DOW-UAP-D28, Mission Report, Iraq, September 2024
Agency: Department of War
Incident date: 9/20/24
Incident location: Iraq
Page 5
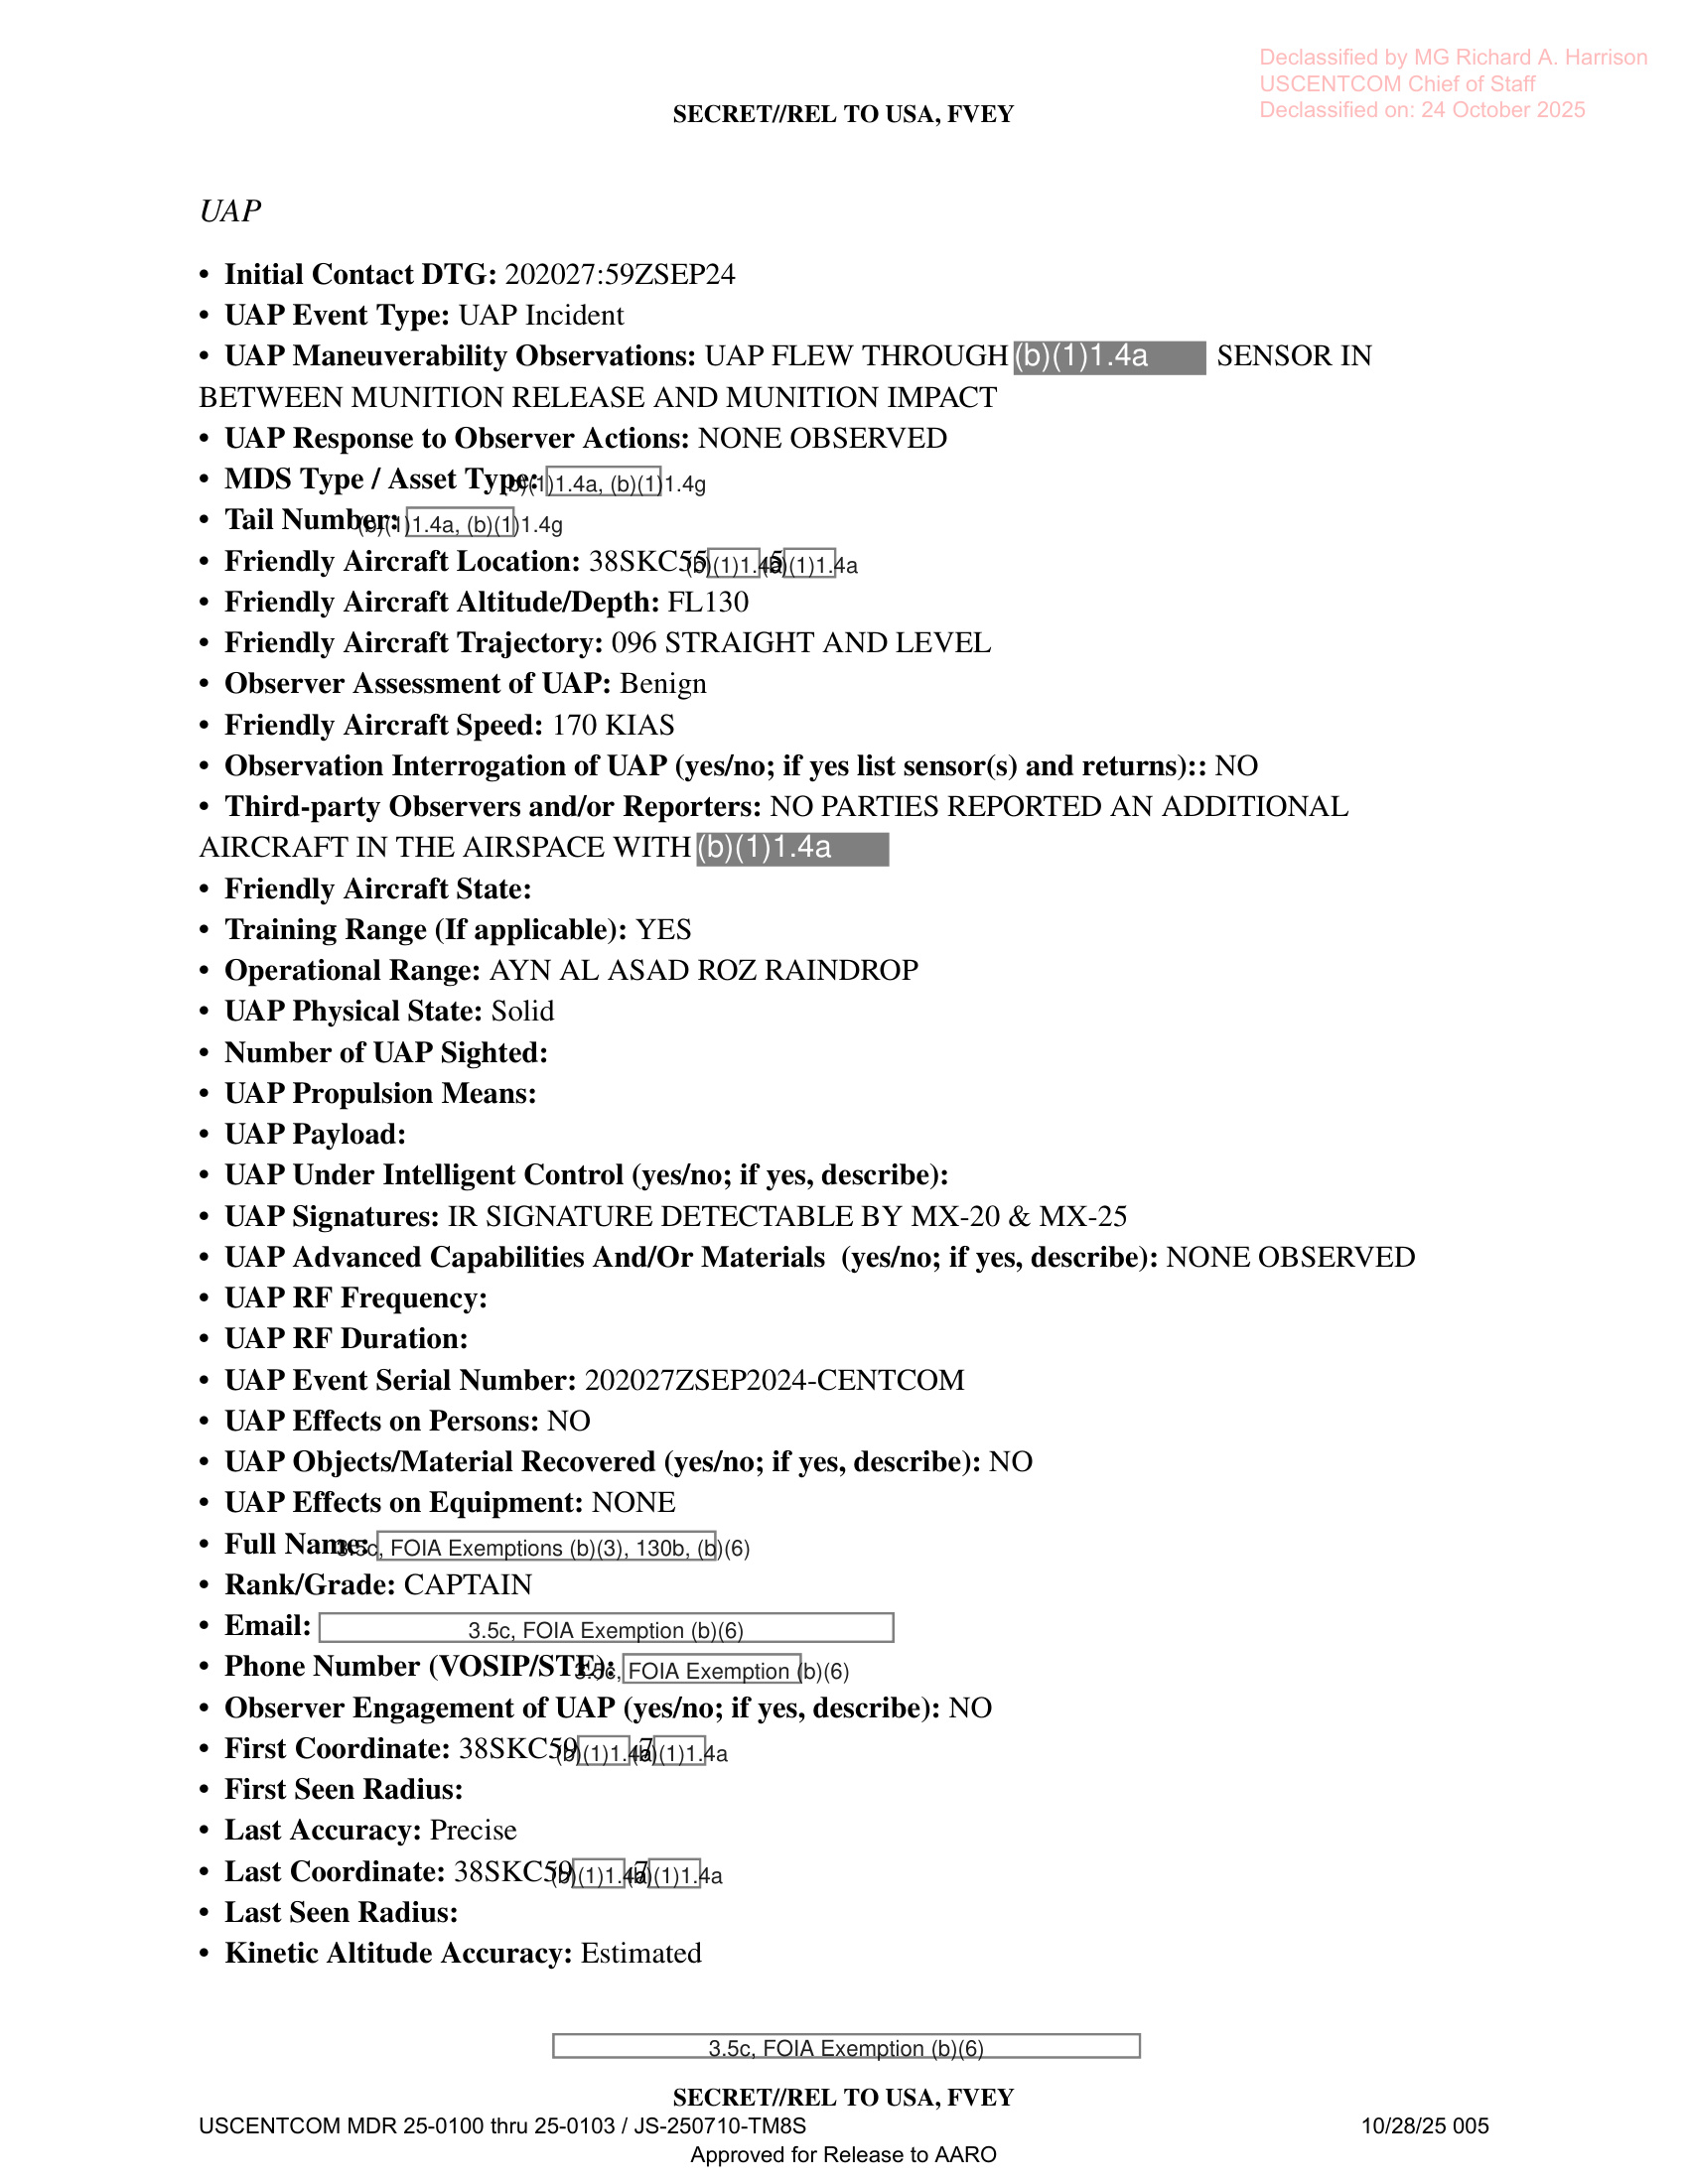